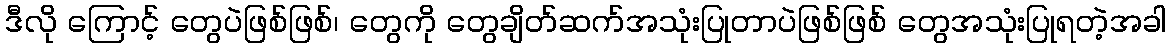
ဒီလို ကြောင့် တွေပဲဖြစ်ဖြစ်၊ တွေကို တွေချိတ်ဆက်အသုံးပြုတာပဲဖြစ်ဖြစ် တွေအသုံးပြုရတဲ့အခါ